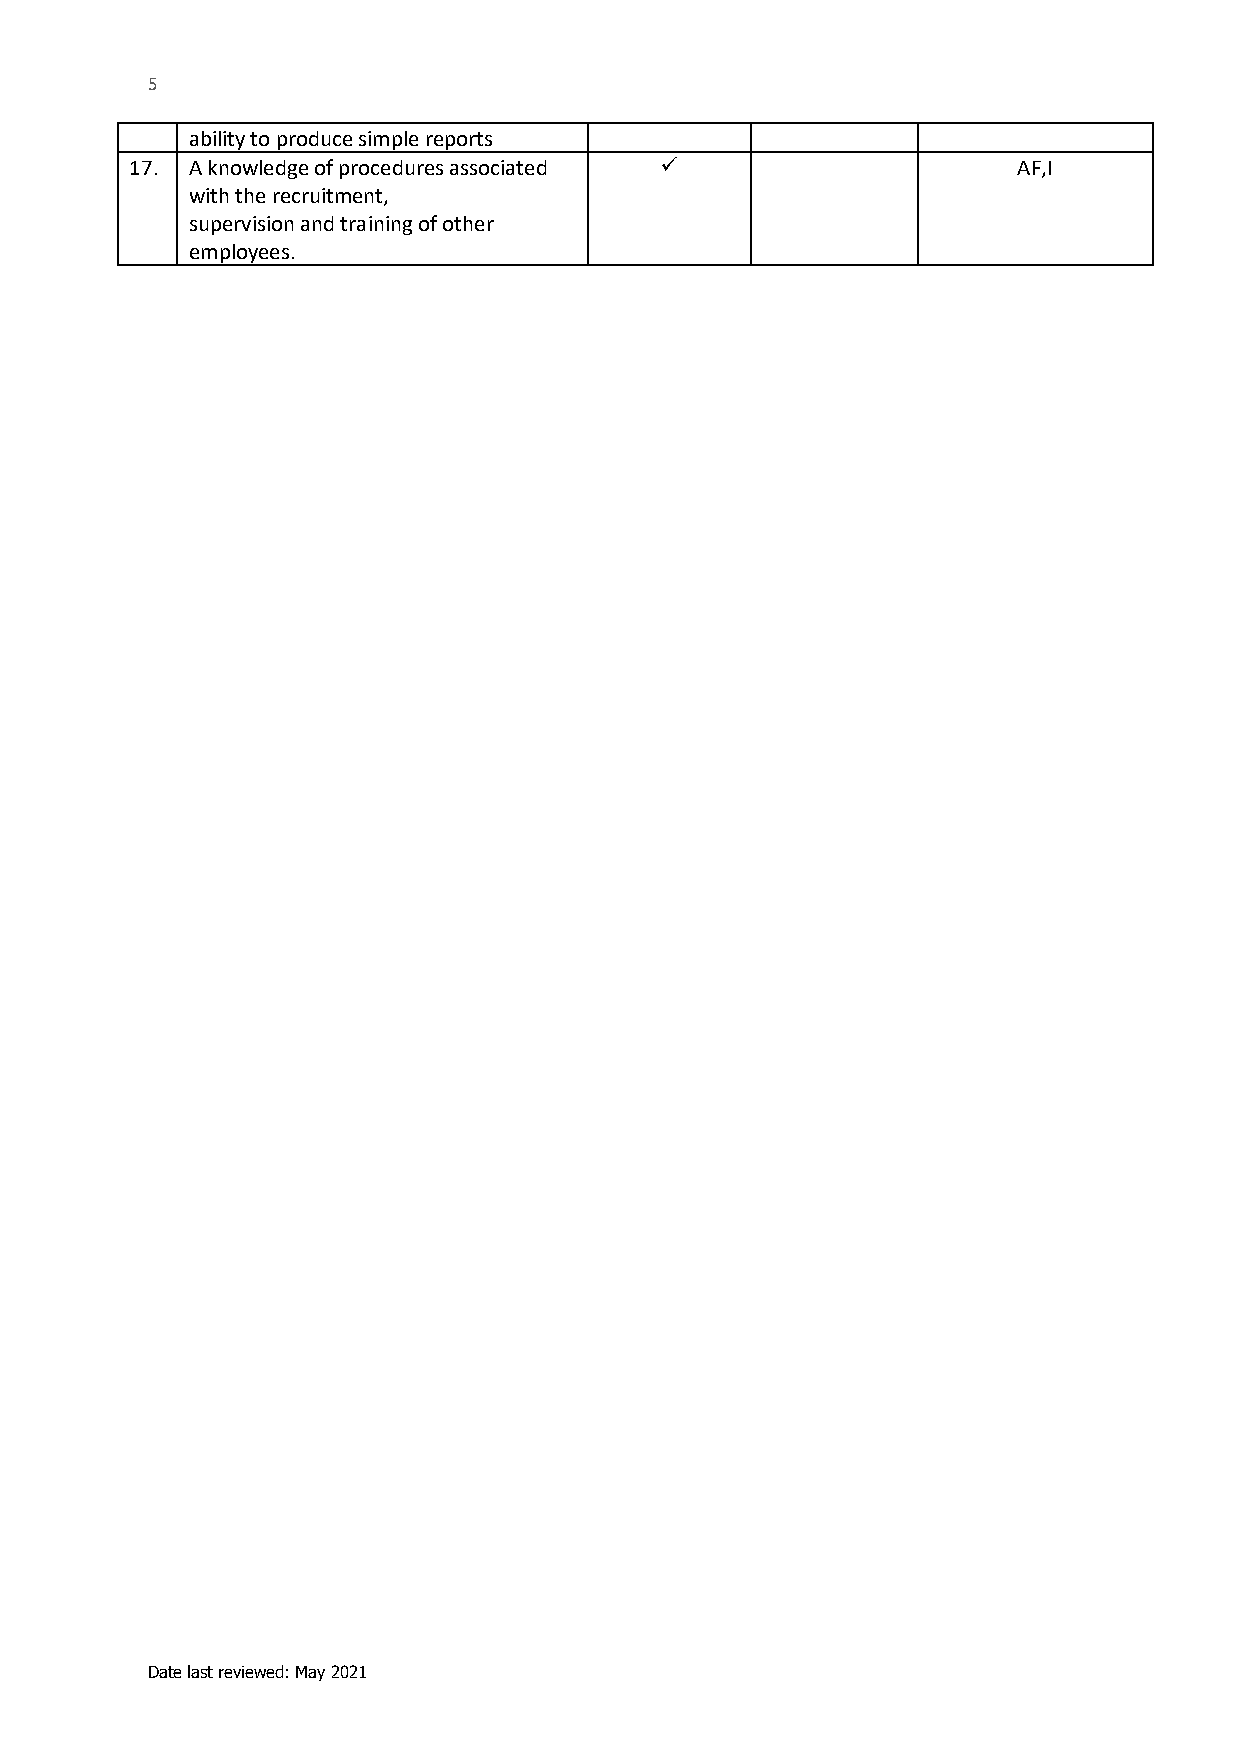
5
 ability to produce simple reports
 17. A knowledge of procedures associated ✓                AF,I
 with the recruitment,
 supervision and training of other
 employees.
 Date last reviewed: May 2021